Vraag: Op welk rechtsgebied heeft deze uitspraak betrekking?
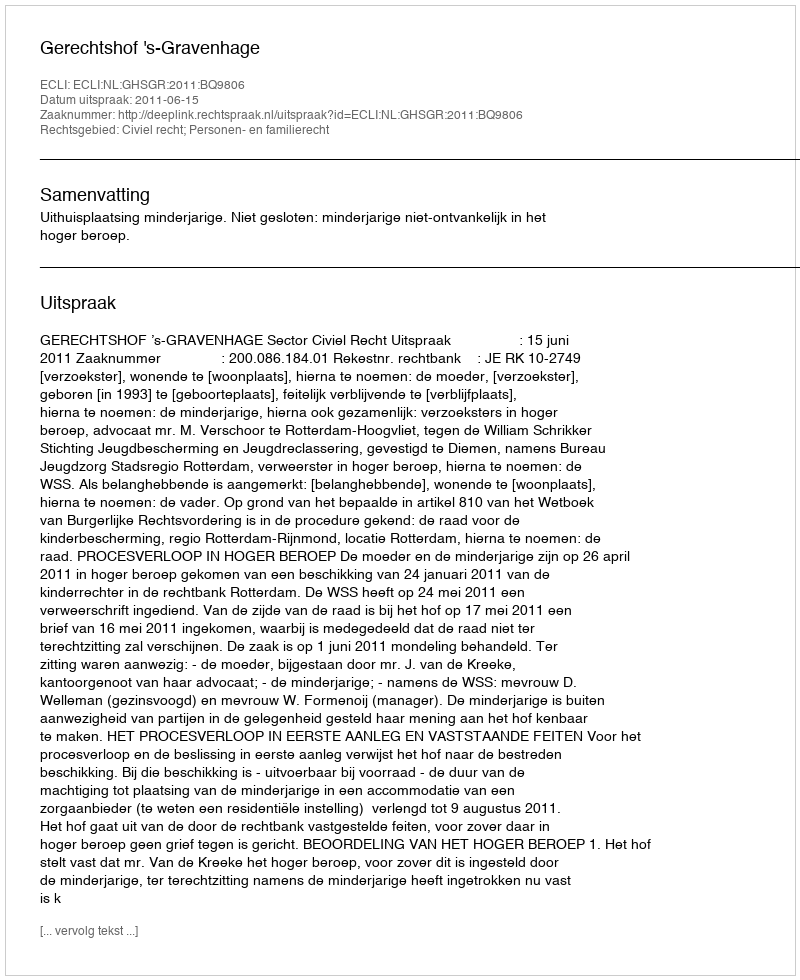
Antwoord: Civiel recht; Personen- en familierecht